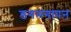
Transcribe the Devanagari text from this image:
डगमगापन